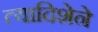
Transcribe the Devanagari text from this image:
त्यादिशेने